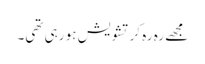
مجھے رہ رہ کر تشویش ہو رہی تھی۔